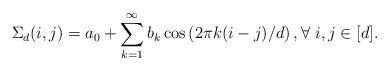
LaTeX: \begin{align*} \Sigma_d(i,j)=a_0+\sum_{k=1}^\infty b_k \cos\left( 2\pi k (i-j)/d \right),\forall \ i,j\in [d]. \end{align*}